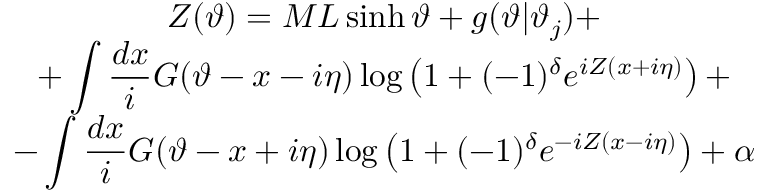
\begin{array} { c } { { \displaystyle Z ( \vartheta ) = { \cal M } L \sinh \vartheta + g ( \vartheta | \vartheta _ { j } ) + } } \\ { { + \displaystyle \int \displaystyle \frac { d x } { i } G ( \vartheta - x - i \eta ) \log \left( 1 + ( - 1 ) ^ { \delta } e ^ { i Z ( x + i \eta ) } \right) + } } \\ { { - \displaystyle \int \displaystyle \frac { d x } { i } G ( \vartheta - x + i \eta ) \log \left( 1 + ( - 1 ) ^ { \delta } e ^ { - i Z ( x - i \eta ) } \right) + \alpha } } \end{array}